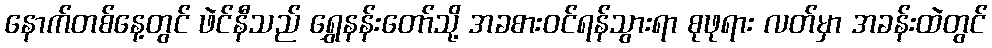
နောက်တစ်နေ့တွင် ဖဲင်နီသည် ရွှေနန်းတော်သို့ အခစားဝင်ရန်သွားရာ စုဖုရား လတ်မှာ အခန်းထဲတွင်